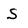
Character: S